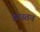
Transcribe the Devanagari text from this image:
ह्यास्तव